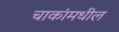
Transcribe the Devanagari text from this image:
चाकांमधील